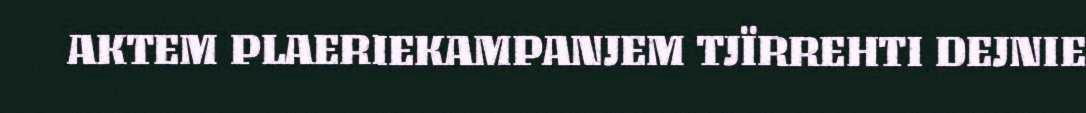
AKTEM PLAERIEKAMPANJEM TJÏRREHTI DEJNIE